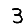
Digit: 3